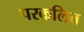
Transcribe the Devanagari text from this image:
परकलित